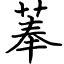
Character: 菶